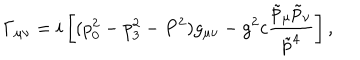
\Gamma _ { \mu \nu } = i \left[ ( p _ { 0 } ^ { 2 } - p _ { 3 } ^ { 2 } - P ^ { 2 } ) g _ { \mu \nu } - g ^ { 2 } c { \frac { \tilde { p } _ { \mu } \tilde { p } _ { \nu } } { \tilde { p } ^ { 4 } } } \right] ,